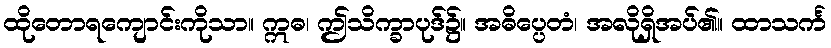
ထိုတောရကျောင်းကိုသာ။ ဣဓ၊ ဤသိက္ခာပုဒ်၌။ အဓိပ္ပေတံ၊ အလိုရှိအပ်၏။ ထာသင်္က